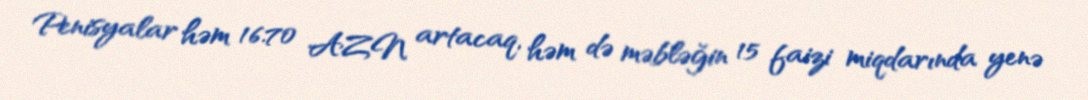
Penisyalar həm 16.70 AZN artacaq, həm də məbləğin 15 faizi miqdarında yenə